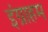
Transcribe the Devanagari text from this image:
इंग्राहम